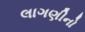
લાગણીનો